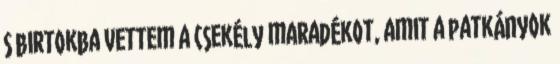
s birtokba vettem a csekély maradékot, amit a patkányok